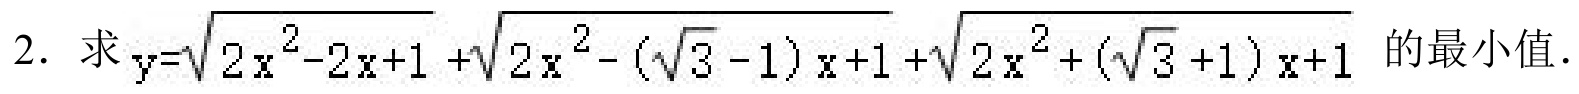
2. 求\(y = \sqrt{2x^{2}-2x + 1}+\sqrt{2x^{2}-(\sqrt{3}-1)x + 1}+\sqrt{2x^{2}+(\sqrt{3}+1)x + 1}\)的最小值.